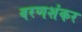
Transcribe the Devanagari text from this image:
वरणशंकर